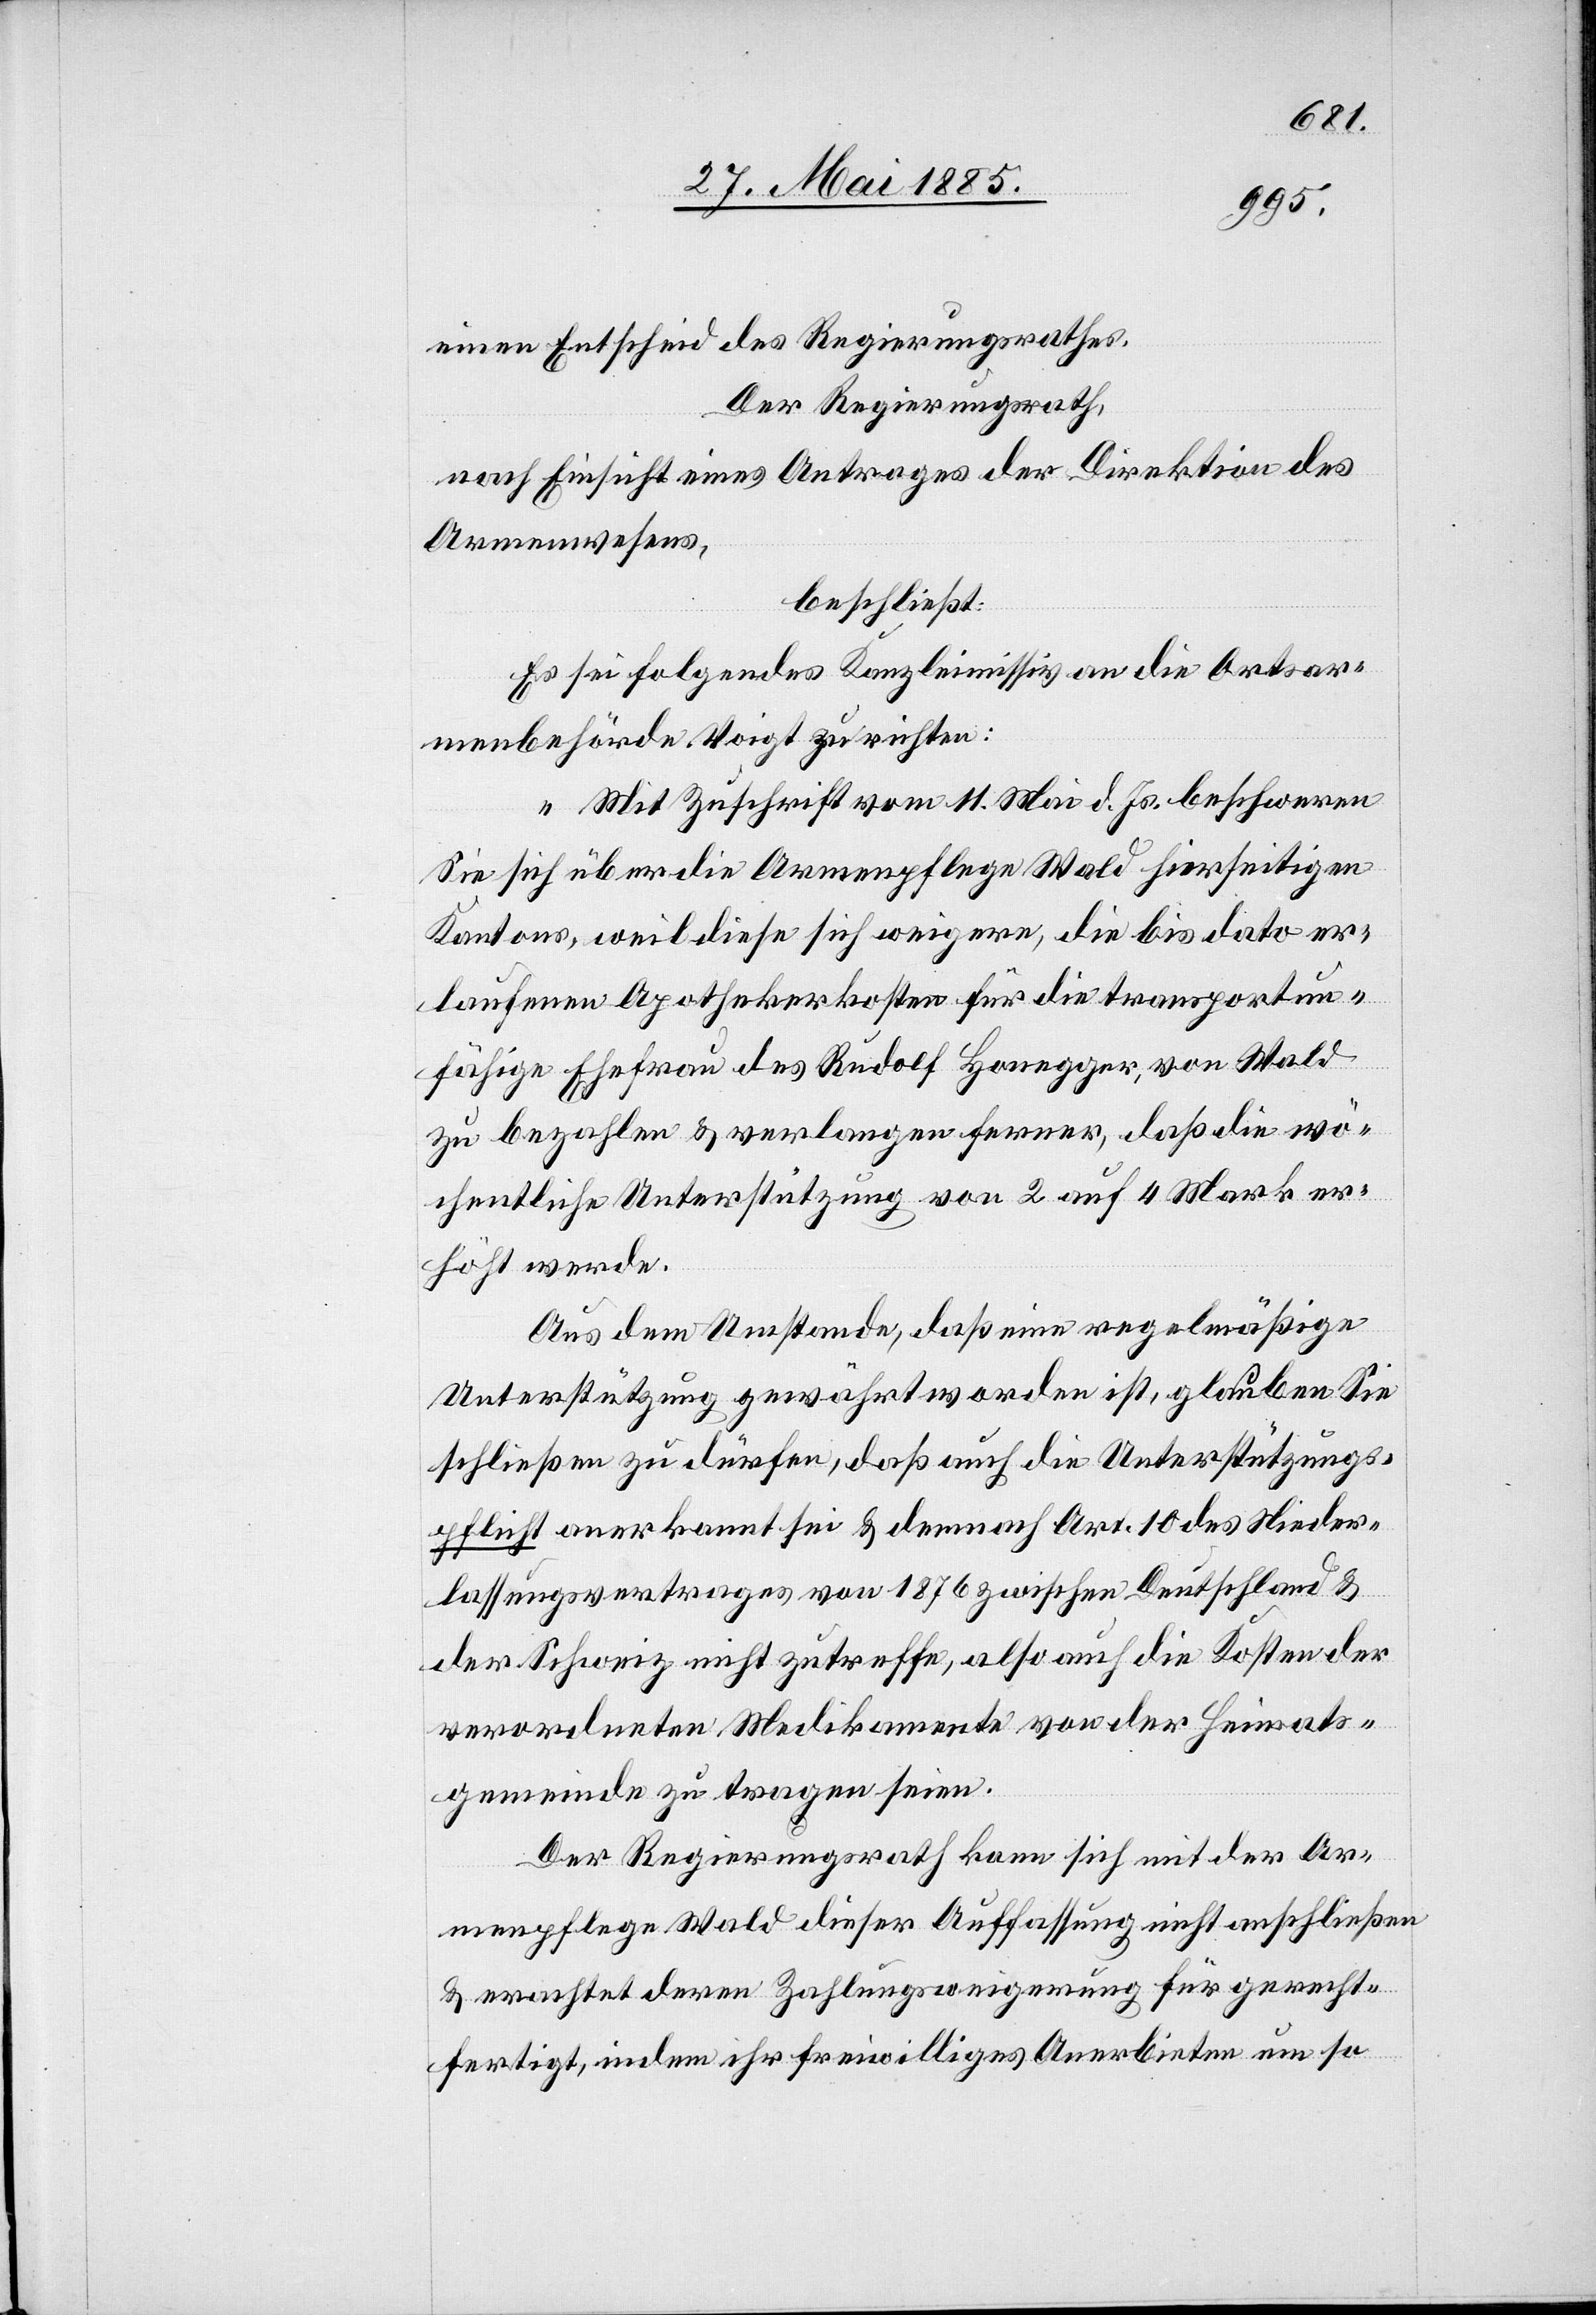
einen Entscheid des Regierungsrathes.
Der Regierungsrath,
nach Einsicht eines Antrages der Direktion des
Armenwesens,
beschließt:
Es sei folgendes Kanzleimissiv an die Ortsar¬
menbehörde Voigt zu richten:
„Mit Zuschrift vom 11. Mai d. Js. beschweren
Sie sich über die Armenpflege Wald hierseitigen
Kantons, weil diese sich weigere, die bis dato er¬
laufenen Apothekerkosten für die transport¬
fähige Ehefrau des Rudolf Honegger, von Wald
zu bezahlen & verlangen ferner, daß die wö¬
chentliche Unterstützung von 2 auf 4 Mark er¬
höht werde.
Aus dem Umstande, daß eine regelmäßige
Unterstützung gewährt worden ist, glauben Sie
schließen zu dürfen, daß auch die Unterstützungs¬
pflicht anerkannt sei & demnach Art. 10 des Nieder¬
lassungsvertrages von 1876 zwischen Deutschland &
der Schweiz nicht zutreffe, also auch die Kosten der
verordneten Medikamente von der Heimats¬
gemeinde zu tragen seien.
Der Regierungsrath kann sich mit der Ar¬
menpflege Wald dieser Auffassung nicht anschließen
& erachtet deren Zahlungsweigerung für gerecht¬
fertigt, indem ihr freiwilliges Anerbieten um so